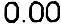
0.00